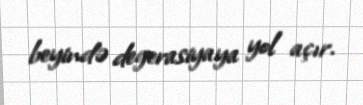
beyində degerasiyaya yol açır.